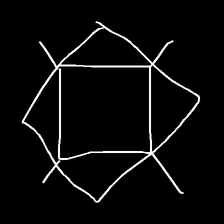
Glyph: light